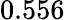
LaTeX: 0.556^{}